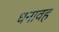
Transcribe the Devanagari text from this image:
धनावह